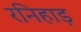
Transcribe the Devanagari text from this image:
रनिहाड़